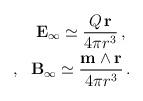
LaTeX: \begin{align*}{\bf E}_{\infty} \simeq \frac{Q \, {\bf r}}{4 \pi r^3} \, , \ \\, \ \ {\bf B}_{\infty} \simeq \frac{{\bf m} \wedge {\bf r}}{4\pi r^3} \, . \end{align*}